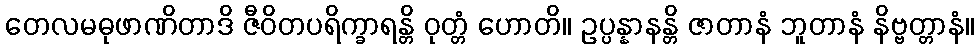
တေလမဓုဖာဏိတာဒိ ဇီဝိတပရိက္ခာရန္တိ ဝုတ္တံ ဟောတိ။ ဥပ္ပန္နာနန္တိ ဇာတာနံ ဘူတာနံ နိဗ္ဗတ္တာနံ။